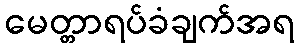
မေတ္တာရပ်ခံချက်အရ